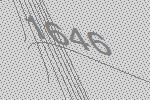
1646